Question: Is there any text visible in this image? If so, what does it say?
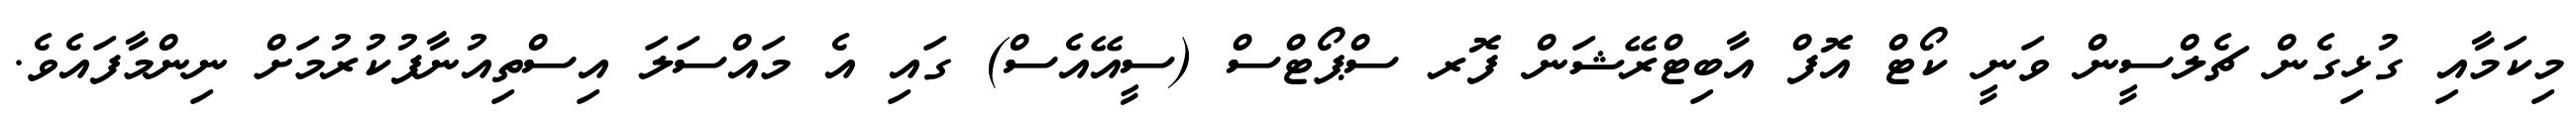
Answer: މިކަމާއި ގުޅިގެން ޗެލްސީން ވަނީ ކޯޓް އޮފް އާބިޓްރޭޝަން ފޮރ ސްޕޯޓްސް (ސީއޭއެސް) ގައި އެ މައްސަލަ އިސްތިއުނާފުކުރުމަށް ނިންމާފައެވެ.